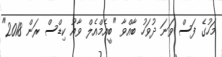
މަހުގެ ފަސް ވަނަ ދުވަހު ބާއްވާ "ބީއެމްއެލް ވާއު ކިޑްސް ރަން 2018"